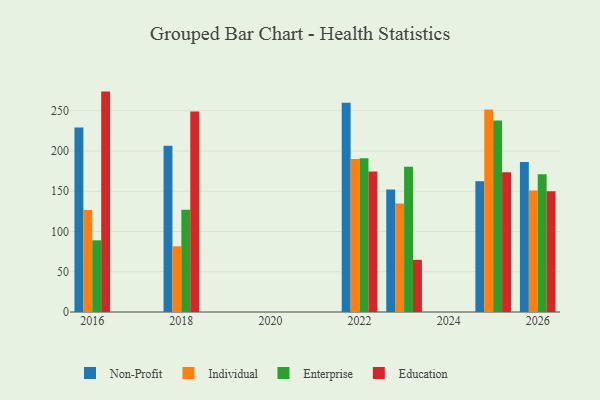
{"axis": {"x": "Year", "y": "Market Share (%)"}, "legend": ["Education", "Enterprise", "Individual", "Non-Profit"], "data": [{"x": "2016", "y": 229.1, "type": "Non-Profit"}, {"x": "2016", "y": 126.8, "type": "Individual"}, {"x": "2016", "y": 89.0, "type": "Enterprise"}, {"x": "2016", "y": 273.7, "type": "Education"}, {"x": "2025", "y": 162.5, "type": "Non-Profit"}, {"x": "2025", "y": 251.6, "type": "Individual"}, {"x": "2025", "y": 237.9, "type": "Enterprise"}, {"x": "2025", "y": 173.4, "type": "Education"}, {"x": "2018", "y": 206.4, "type": "Non-Profit"}, {"x": "2018", "y": 81.6, "type": "Individual"}, {"x": "2018", "y": 126.9, "type": "Enterprise"}, {"x": "2018", "y": 248.9, "type": "Education"}, {"x": "2026", "y": 186.2, "type": "Non-Profit"}, {"x": "2026", "y": 150.9, "type": "Individual"}, {"x": "2026", "y": 171.1, "type": "Enterprise"}, {"x": "2026", "y": 149.8, "type": "Education"}, {"x": "2023", "y": 152.2, "type": "Non-Profit"}, {"x": "2023", "y": 134.7, "type": "Individual"}, {"x": "2023", "y": 180.4, "type": "Enterprise"}, {"x": "2023", "y": 64.8, "type": "Education"}, {"x": "2022", "y": 259.8, "type": "Non-Profit"}, {"x": "2022", "y": 189.9, "type": "Individual"}, {"x": "2022", "y": 190.9, "type": "Enterprise"}, {"x": "2022", "y": 174.4, "type": "Education"}]}